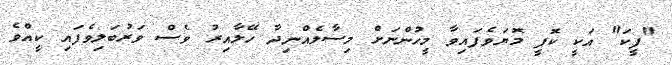
"ފީކަ" އަކީ ކޮފީ މޮޔަވެފައިވާ މީހުންނަށް މިސާލެއްނިދާ ހޭލާއިރު ވެސް ވަރުބަލިވެފައި ކީއްވެ